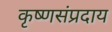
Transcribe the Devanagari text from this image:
कृष्णसंप्रदाय